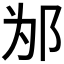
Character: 𰻦